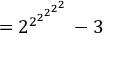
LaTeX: = { 2 ^ { 2 ^ { 2 ^ { 2 ^ { 2 ^ { 2 } } } } } } - 3